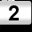
Digit: 2